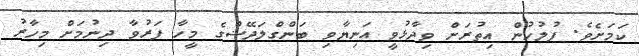
ކަމަށެވެ. ފުލުހުން އިތުރަށް ވިދާޅުވީ އަނިޔާވި ބަންގްލަދޭޝްގެ މީހާ ފަރުވާ ދިނުމަށް މިހާރު